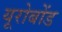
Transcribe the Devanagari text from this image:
यूरोबोंड